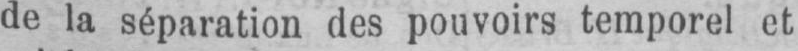
de la séparation des pouvoirs temporel et